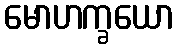
မောဟက္ခယော